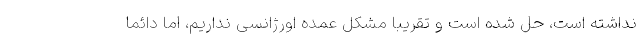
نداشته است، حل شده است و تقریبا مشکل عمده اورژانسی نداریم، اما دائما